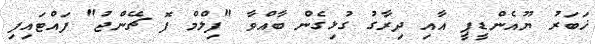
ޚަބަރު ޔޫއެންޑީޕީ އާއި ދިރާގު ގުޅިގެން ބާއްވާ "ފިލްމް ފޮ ޗޭންޖު" ފައްޓައިފި